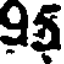
95